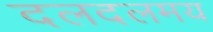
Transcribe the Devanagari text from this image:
दलदलमय